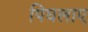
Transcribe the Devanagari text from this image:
पिघलाए